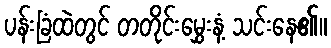
ပန်းခြံထဲတွင် တတိုင်းမွှေးနံ့ သင်းနေ၏။